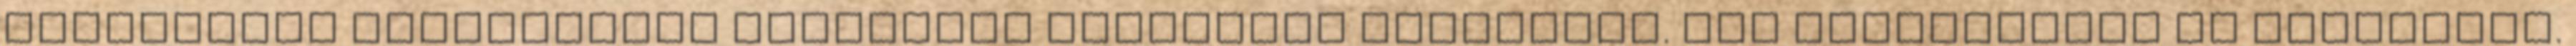
kulturális diverzitást felmutató szándékot sejtetnek. Még utánajárunk az eredetnek.